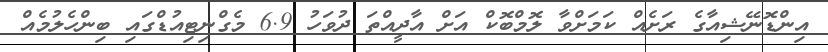
އިންޑޮނޭޝިއާގެ ރަށެއް ކަމަށްވާ ލޮމްބޮކް އަށް އާދީއްތަ ދުވަހު 6.9 މެގްނިޓިއުޑްގައި ބިންހެލުމެއް